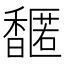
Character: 𬳤